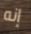
إنه